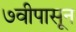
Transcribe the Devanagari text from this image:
७वीपासून